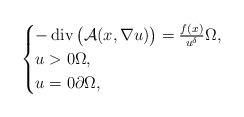
LaTeX: \begin{align*} \begin{gathered}\begin{cases}-\operatorname{div}\big(\mathcal A(x,\nabla u)\big)=\frac{f(x)}{u^\delta}\Omega, \\ u>0\Omega,\\ u = 0\partial\Omega, \end{cases}\end{gathered}\end{align*}